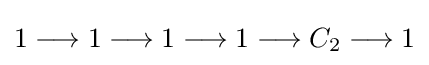
1\longrightarrow 1\longrightarrow 1\longrightarrow 1\longrightarrow C_{2}\longrightarrow 1